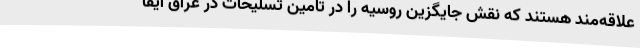
علاقه‌مند هستند که نقش جایگزین روسیه را در تامین تسلیحات در عراق ایفا